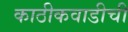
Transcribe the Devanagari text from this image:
काठीकवाडीची